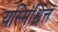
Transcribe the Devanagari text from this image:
यस्मिंश्चित्तं